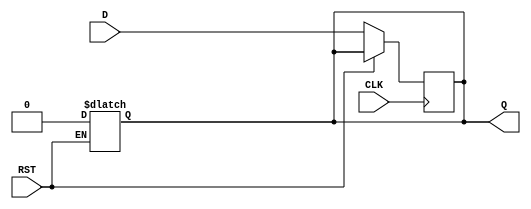
module IntermediateRegister (
    input wire D,        // Data Input
    input wire CLK,      // Clock Input
    input wire RST,      // Reset Input
    output reg Q         // Data Output
);

    // Asynchronous reset behavior
    always @* begin
        if (RST) begin
            Q <= 1'b0;   // Set output to 0 on reset
        end
    end

    // Capture data on the rising edge of the clock
    always @(posedge CLK) begin
        if (!RST) begin
            Q <= D;      // Capture input data on clock edge
        end
    end

endmodule